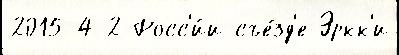
2015-4-2 Росс'и́и съе́зд'е Эркк'и